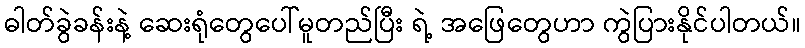
ဓါတ်ခွဲခန်းနဲ့ ဆေးရုံတွေပေါ်မူတည်ပြီး ရဲ့ အဖြေတွေဟာ ကွဲပြားနိုင်ပါတယ်။